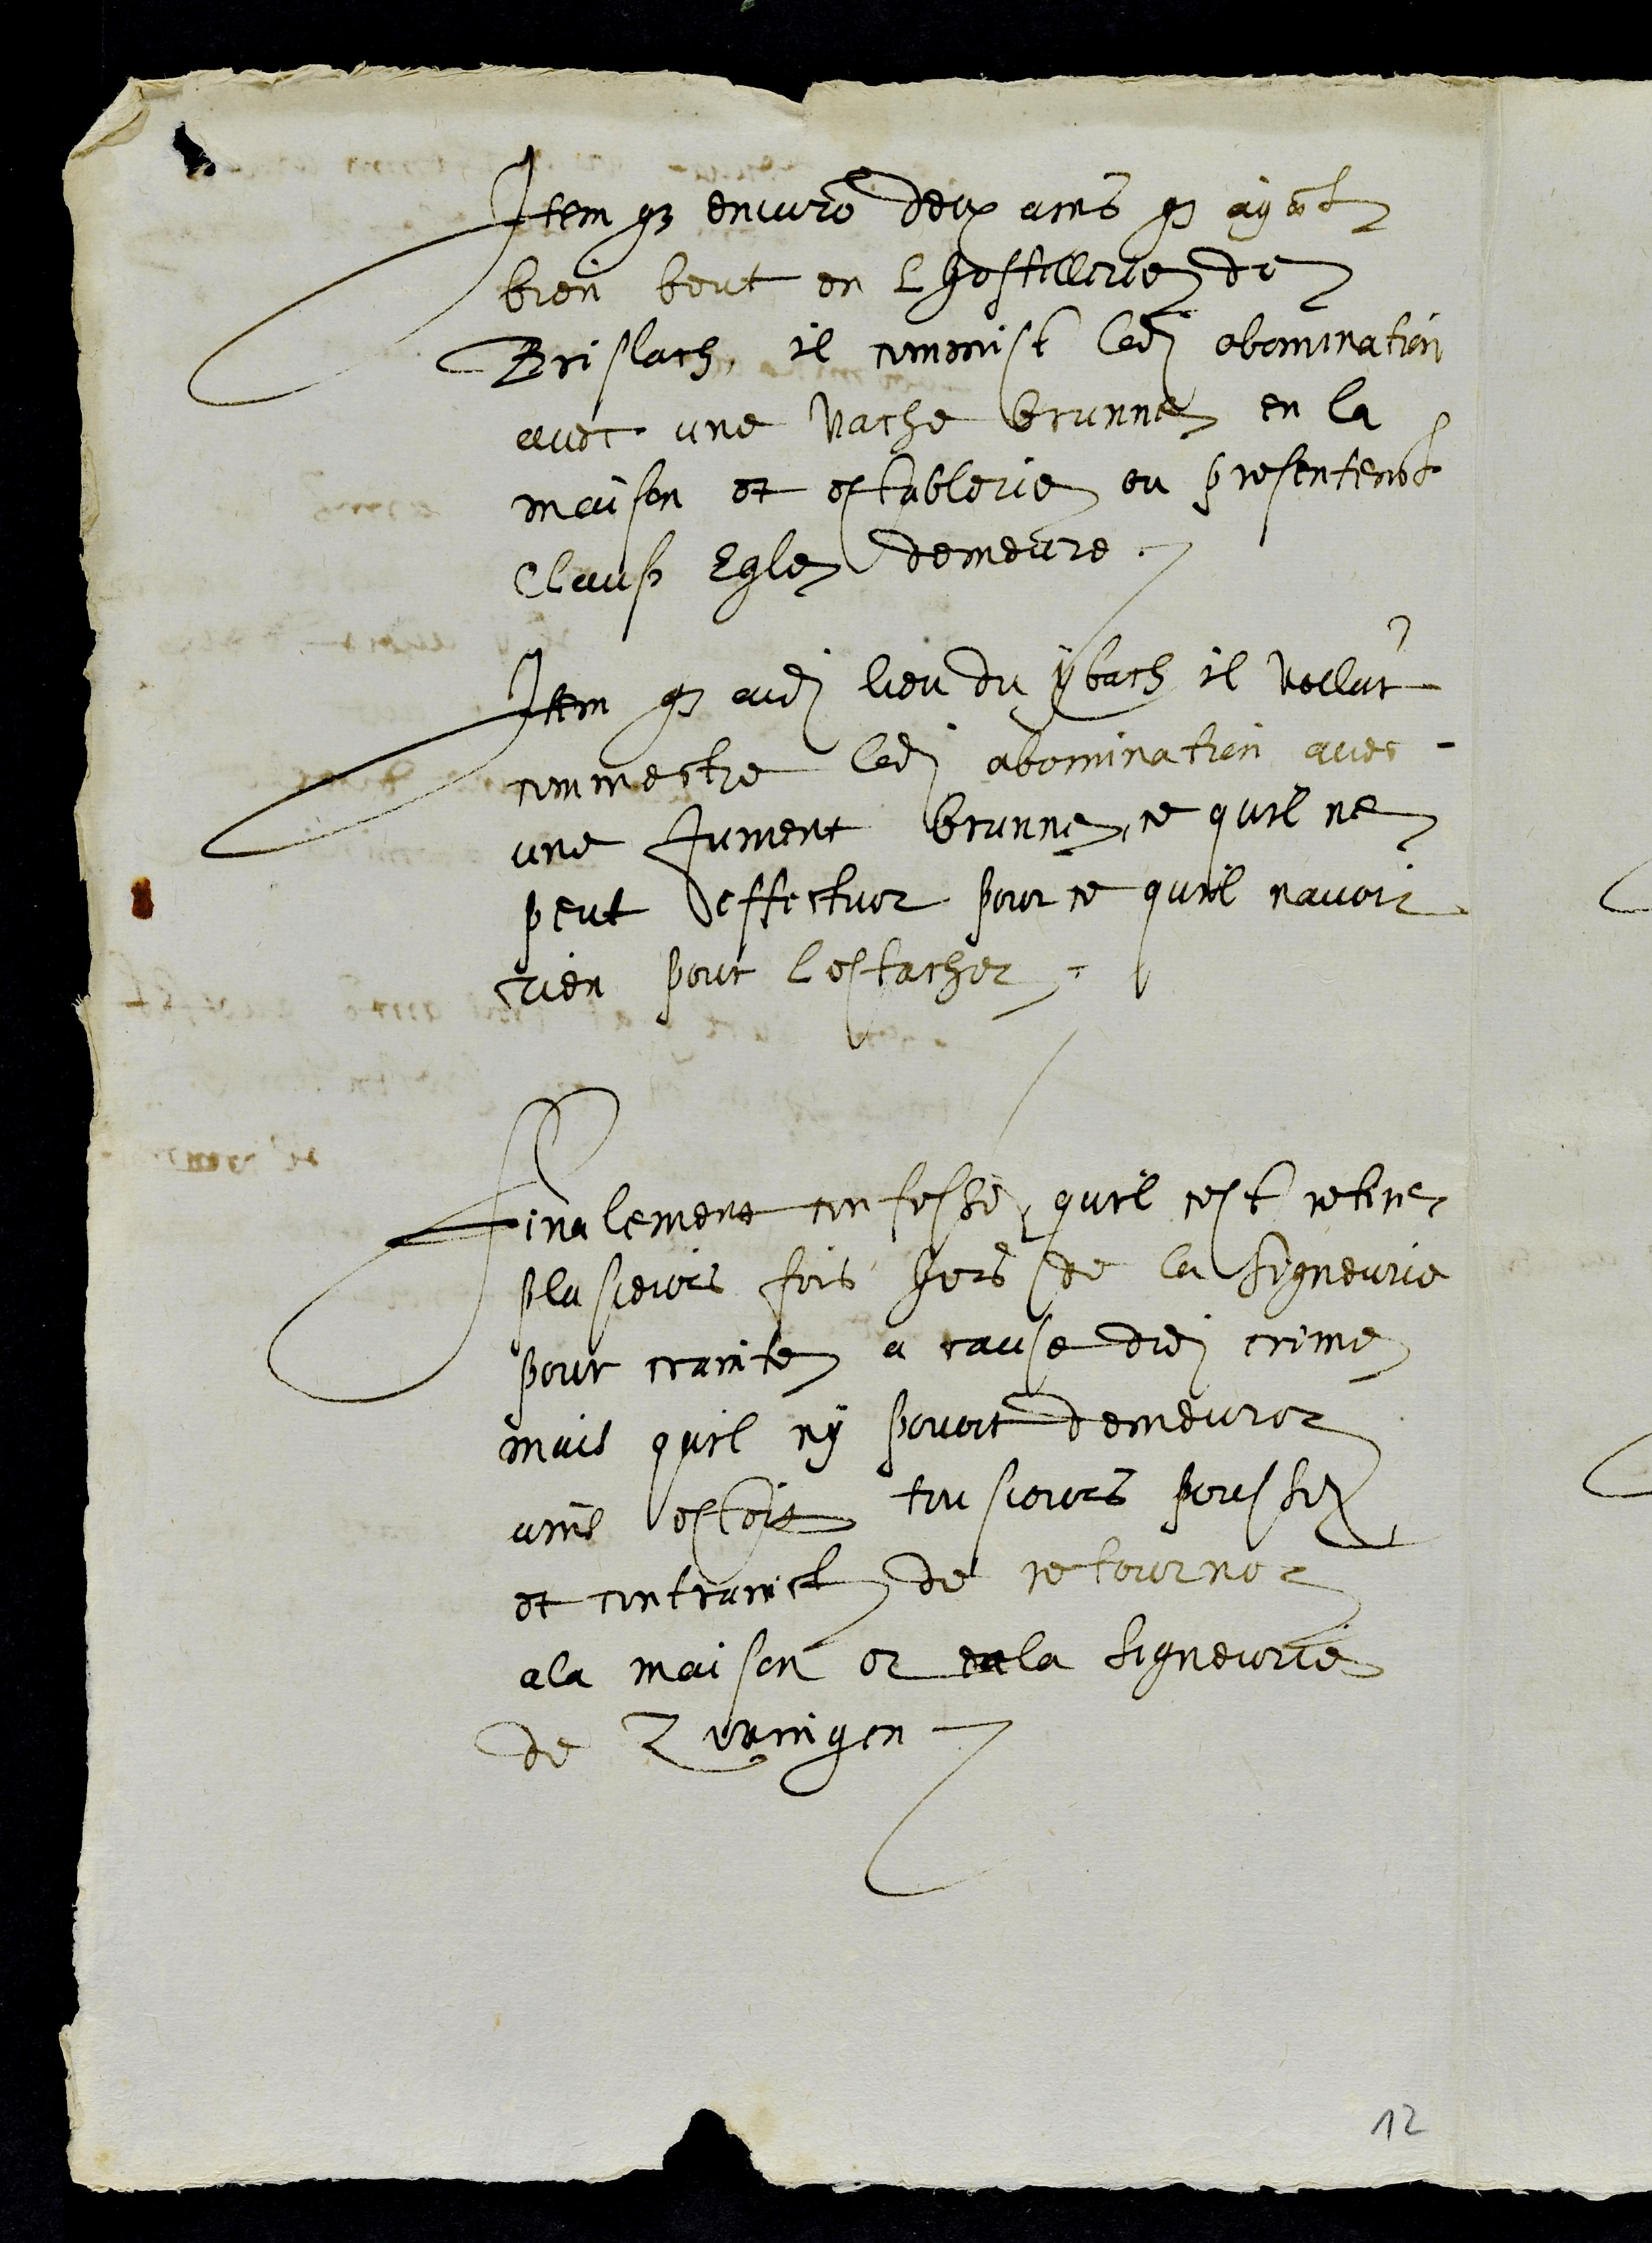
Item que environ deux ans que ayant
bien beut en lhostellerie de
Brislach, il commist ladite abomination
avec une vache brunne en la
maison et establerie ou presentement
Clauß Egle demeure.
Item que audit lieu du ybach il vollut
commectre ladite abomination avec
une jument brunne, ce quil ne
peut effectuer pour ce quil navoit
rien pour lestacher.
Finalement confesse quil cest retire
plusieurs fois hors de la signeurie
pour crainte a cause dudit crime
mais quil ny povoit demeurer
ains estoit tousjours poussez
et contrainct de retourner
a la maison et en la signeurie
de Zwingen
12